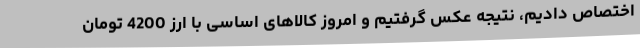
اختصاص دادیم، نتیجه عکس گرفتیم و امروز کالاهای اساسی با ارز 4200 تومان